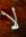
لا